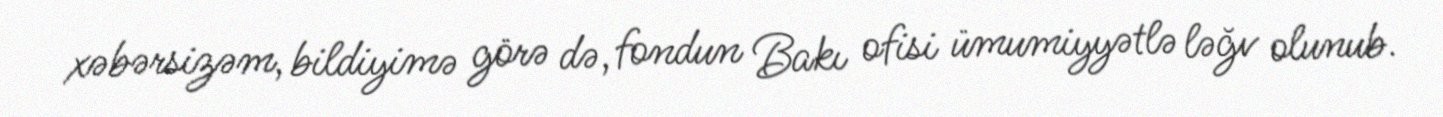
xəbərsizəm, bildiyimə görə də, fondun Bakı ofisi ümumiyyətlə ləğv olunub.